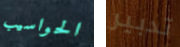
الحواسيب تدبير